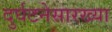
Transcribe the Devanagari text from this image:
दुर्घटनेसारख्या